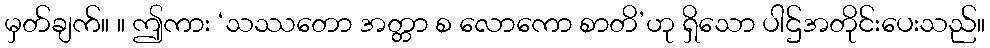
မှတ်ချက်။ ။ ဤကား ‘သဿတော အတ္တာ စ လောကော စာတိ’ဟု ရှိသော ပါဌ်အတိုင်းပေးသည်။